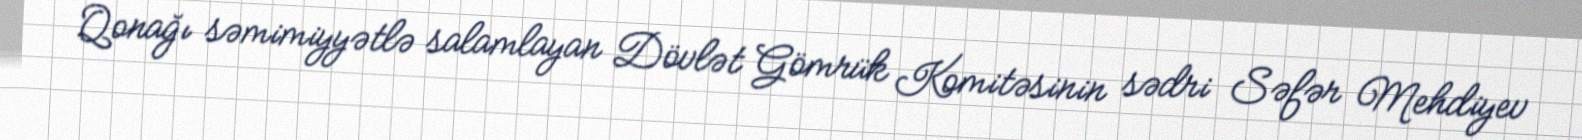
Qonağı səmimiyyətlə salamlayan Dövlət Gömrük Komitəsinin sədri Səfər Mehdiyev